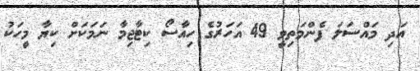
އަދި މައްސަލަ ފެންމަތިވީ 49 އަހަރުގެ ހިއާސޯ ކިޓާޖިމާ ނަމަކަށް ކިޔާ މީހަކު